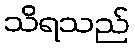
သိရသည်